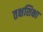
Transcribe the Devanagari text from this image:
तक्षशिक्षा